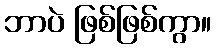
ဘာပဲ ဖြစ်ဖြစ်ကွာ။